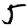
Digit: 5